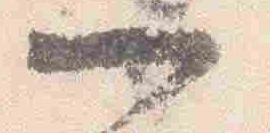
一